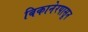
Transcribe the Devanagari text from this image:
बिकानेरपासून